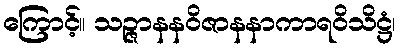
ကြောင့်။ သဉ္ဇာနနဝိဇာနနာကာရဝိသိဋ္ဌံ၊